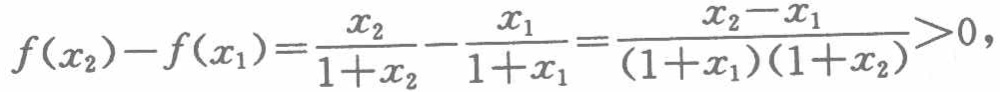
\[

f(x_{2}) - f(x_{1}) = \frac{x_{2}}{1 + x_{2}} - \frac{x_{1}}{1 + x_{1}} = \frac{x_{2} - x_{1}}{(1 + x_{1})(1 + x_{2})} > 0,

\]